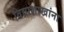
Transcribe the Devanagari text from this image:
विद्याशाखांना